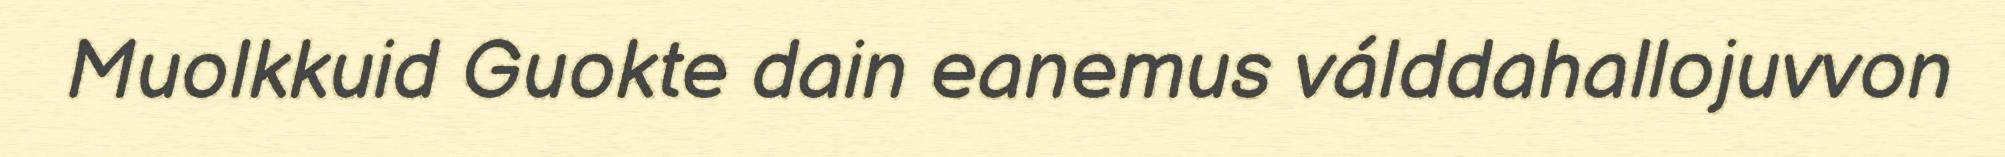
Muolkkuid Guokte dain eanemus válddahallojuvvon